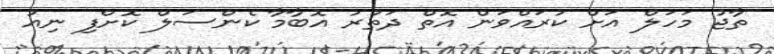
ތާޖު މަހަލް އަށް ކުރައްވަން އޮތް ދަތުރު އޮބާމާ ކެންސަލް ކޮށްފި ނިއު